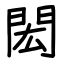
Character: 閎